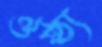
ঔষ্ঠ্য